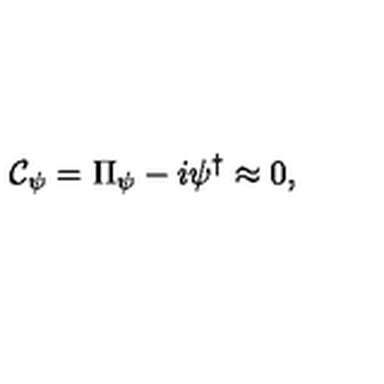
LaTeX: { \cal C } _ { \psi } = \Pi _ { \psi } - i \psi ^ { \dagger } \approx 0 ,